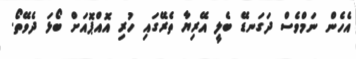
އެހެން ނަމްވެސް ދަގަނޑޭ ބެލީ އޭރިޔާ ތެރޭގައި ހުރި އޮއްޕޮއަށް ބޯޅަ ދެވޭތޯ.